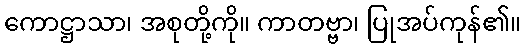
ကောဋ္ဌာသာ၊ အစုတို့ကို။ ကာတဗ္ဗာ၊ ပြုအပ်ကုန်၏။